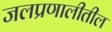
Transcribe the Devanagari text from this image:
जलप्रणालीतील